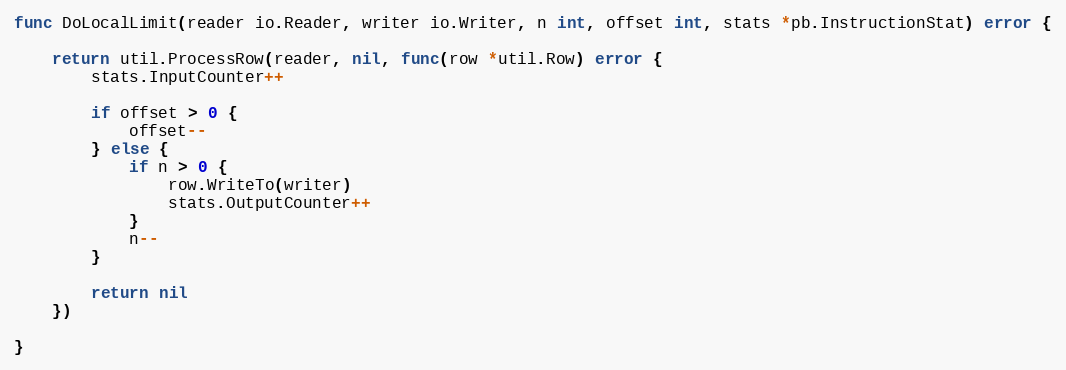
Language: Go
func DoLocalLimit(reader io.Reader, writer io.Writer, n int, offset int, stats *pb.InstructionStat) error {

	return util.ProcessRow(reader, nil, func(row *util.Row) error {
		stats.InputCounter++

		if offset > 0 {
			offset--
		} else {
			if n > 0 {
				row.WriteTo(writer)
				stats.OutputCounter++
			}
			n--
		}

		return nil
	})

}